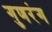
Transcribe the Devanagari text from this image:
गुणरंग